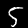
Label: 5